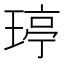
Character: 𤧟